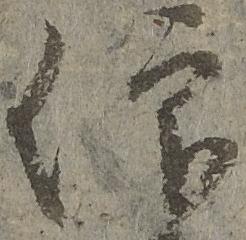
仰